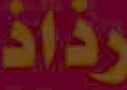
رذاذ